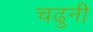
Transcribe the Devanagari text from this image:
चढुनी